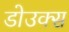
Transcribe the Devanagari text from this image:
डोउक्स